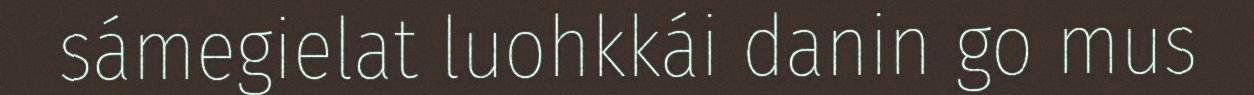
sámegielat luohkkái danin go mus